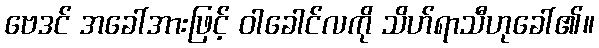
ဗေဒင် အခေါ်အားဖြင့် ဝါခေါင်လကို သိဟ်ရာသီဟုခေါ်၏။